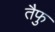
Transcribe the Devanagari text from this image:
तैफु